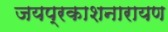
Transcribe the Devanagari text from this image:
जयप्रकाशनारायण